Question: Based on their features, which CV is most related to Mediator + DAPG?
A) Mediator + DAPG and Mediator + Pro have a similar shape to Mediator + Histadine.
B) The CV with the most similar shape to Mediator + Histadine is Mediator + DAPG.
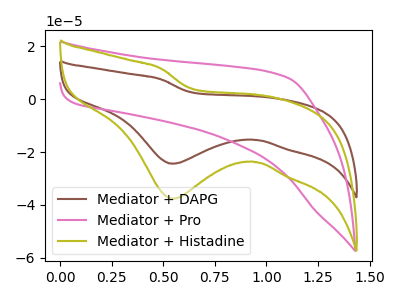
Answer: <think>The brown curve "Mediator + DAPG" has a cathodic peak at: (0.55V, -24.40uA). The pink curve "Mediator + Pro" has no peaks. The olive curve "Mediator + Histadine" has a cathodic peak at: (0.55V, -37.65uA).
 "Mediator + DAPG" and "Mediator + Pro" have a different number of peaks. All the peaks in "Mediator + DAPG" have a peak in "Mediator + Histadine" at the same potential. Every peak in "Mediator + DAPG" is lower than every peak in "Mediator + Histadine". "Mediator + Pro" and "Mediator + Histadine" have a different number of peaks.</think>
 <answer>B) The CV with the most similar shape to "Mediator + Histadine" is "Mediator + DAPG".</answer>
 <eval>B</eval>